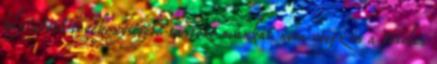
folytatott tevékenységébe tartozó munkát nem végez és a tételes